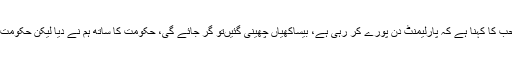
ایک حالیہ انٹرویو میں مینگل صاحب کا کہنا ہے کہ پارلیمنٹ دن پورے کر رہی ہے، بیساکھیاں چھینی گئیںتو گر جائے گی، حکومت کا ساتھ ہم نے دیا لیکن حکومت نے ہمارا ساتھ ابھی تک نہیں دیا۔